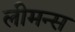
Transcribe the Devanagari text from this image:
लीमन्स